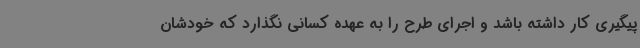
پیگیری کار داشته باشد و اجرای طرح را به عهده کسانی نگذارد که خودشان